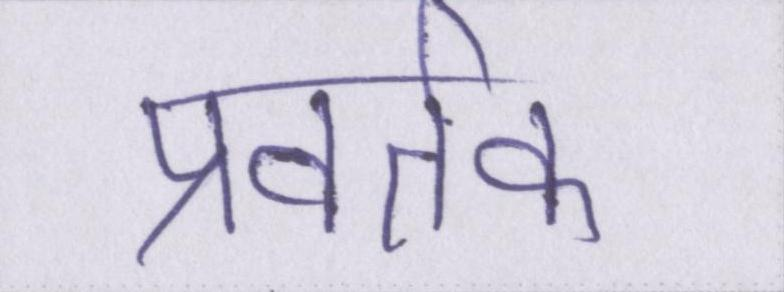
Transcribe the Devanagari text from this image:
प्रवर्तक